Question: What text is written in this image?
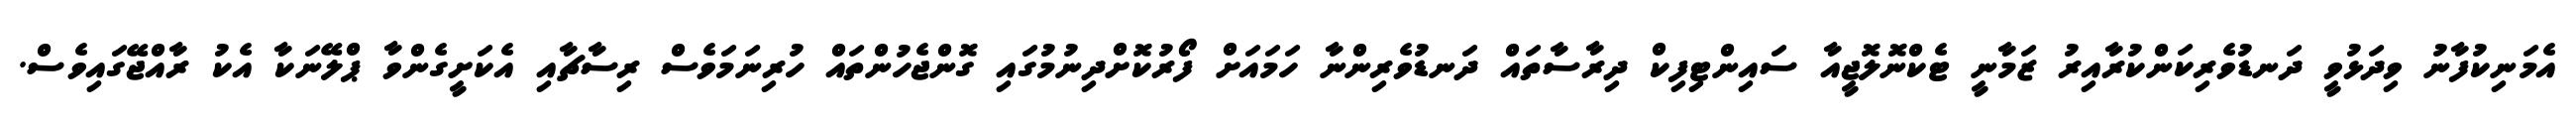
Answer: އެމަނިކުފާނު ވިދަޅުވީ ދަނޑުވެރިކަންކުރާއިރު ޒަމާނީ ޓެކްނޮލޮޖީއާ ސައިންޓިފިކް ދިރާސާތައް ދަނޑުވެރިންނާ ހަމައަށް ފޯރުކޮށްދިނުމުގައި ގޮންޖެހުންތައް ހުރިނަމަވެސް ރިސާޗާއި އެކަށީގެންވާ ޕްލޭނަކާ އެކު ރާއްޖޭގައިވެސް.